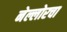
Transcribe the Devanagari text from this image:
नेल्लोरचा